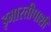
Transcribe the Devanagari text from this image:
इमारतीपाशी